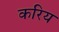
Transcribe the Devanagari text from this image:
करिय